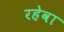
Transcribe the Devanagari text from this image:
रहेवा